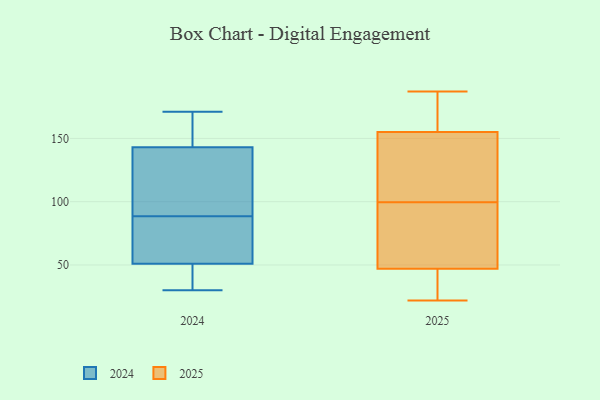
{"axis": {"x": "Revenue (USD Million)", "y": "Value"}, "legend": ["2024", "2025"], "data": [{"x": "", "y": 154, "type": "2024"}, {"x": "", "y": 171, "type": "2024"}, {"x": "", "y": 81, "type": "2024"}, {"x": "", "y": 128, "type": "2024"}, {"x": "", "y": 30, "type": "2024"}, {"x": "", "y": 160, "type": "2024"}, {"x": "", "y": 96, "type": "2024"}, {"x": "", "y": 61, "type": "2024"}, {"x": "", "y": 132, "type": "2024"}, {"x": "", "y": 31, "type": "2024"}, {"x": "", "y": 61, "type": "2024"}, {"x": "", "y": 41, "type": "2024"}, {"x": "", "y": 112, "type": "2025"}, {"x": "", "y": 31, "type": "2025"}, {"x": "", "y": 46, "type": "2025"}, {"x": "", "y": 153, "type": "2025"}, {"x": "", "y": 52, "type": "2025"}, {"x": "", "y": 187, "type": "2025"}, {"x": "", "y": 22, "type": "2025"}, {"x": "", "y": 72, "type": "2025"}, {"x": "", "y": 48, "type": "2025"}, {"x": "", "y": 172, "type": "2025"}, {"x": "", "y": 47, "type": "2025"}, {"x": "", "y": 131, "type": "2025"}, {"x": "", "y": 168, "type": "2025"}, {"x": "", "y": 117, "type": "2025"}, {"x": "", "y": 160, "type": "2025"}, {"x": "", "y": 155, "type": "2025"}, {"x": "", "y": 42, "type": "2025"}, {"x": "", "y": 87, "type": "2025"}]}